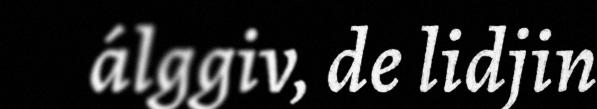
álggiv, de lidjin